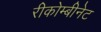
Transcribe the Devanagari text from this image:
रीकोम्बीनेट